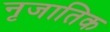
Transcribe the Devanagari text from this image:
नृजातिक